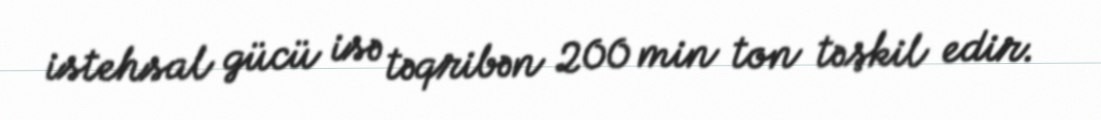
istehsal gücü isə təqribən 200 min ton təşkil edir.